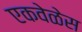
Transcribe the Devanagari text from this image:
एकवेळेस